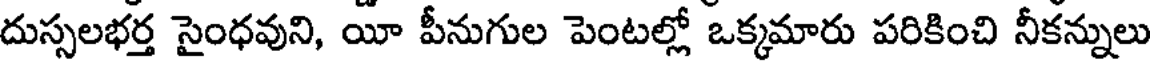
దుస్సలభర్త సైంధవుని, యీ పీనుగుల పెంటల్లో ఒక్కమారు పరికించి నీకన్నులు